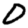
Digit: 0